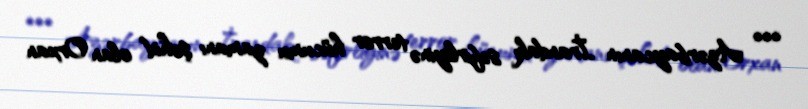
*** Azərbaycanın İrandakı səfirliyinə terror hücumu zamanı şəhid olan Orxan